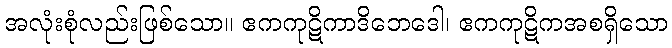
အလုံးစုံလည်းဖြစ်သော။ ဧကကုဋိကာဒိဘေဒေါ၊ ဧကကုဋိကအစရှိသော